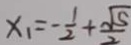
x _ { 1 } = - \frac { 1 } { 2 } + \frac { \sqrt { 5 } } { 2 }